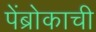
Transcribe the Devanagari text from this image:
पेंब्रोकाची